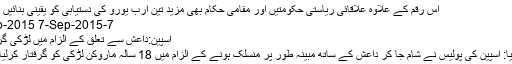
اس رقم کے علاوہ علاقائی ریاستی حکومتیں اور مقامی حکام بھی مزید تین ارب یورو کی دستیابی کو یقینی بنائیں گے”
7-Sep-2015 7-Sep-2015
اسپین:داعش سے تعلق کے الزام میں لڑکی گرفتار
والنسیا: اسپین کی پولیس نے شام جا کر داعش کے ساتھ مبینہ طور پر منسلک ہونے کے الزام میں 18 سالہ ماروکن لڑکی کو گرفتار کرلیا ہے۔